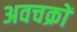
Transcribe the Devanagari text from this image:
अवचक्रों